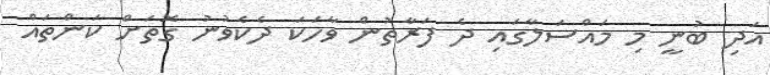
އަދި ބުނީ މި މައްސަލާގައި ދެ ފަރާތުން ވާހަކަ ދެކެވުނު ގޮތަށް ކަންތައް